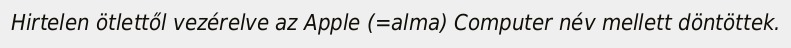
Hirtelen ötlettől vezérelve az Apple (=alma) Computer név mellett döntöttek.